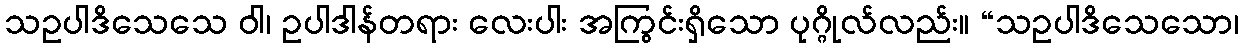
သဥပါဒိသေသေ ဝါ၊ ဥပါဒါန်တရား လေးပါး အကြွင်းရှိသော ပုဂ္ဂိုလ်လည်း။ “သဥပါဒိသေသော၊